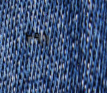
٢٩١